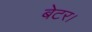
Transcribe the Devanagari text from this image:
बेटर।